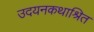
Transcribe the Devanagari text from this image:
उदयनकथाश्रित